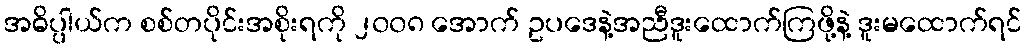
အဓိပ္ပါယ်က စစ်တပိုင်းအစိုးရကို ၂၀၀၈ အောက် ဥပဒေနဲ့အညီဒူးထောက်ကြဖို့နဲ့ ဒူးမထောက်ရင်